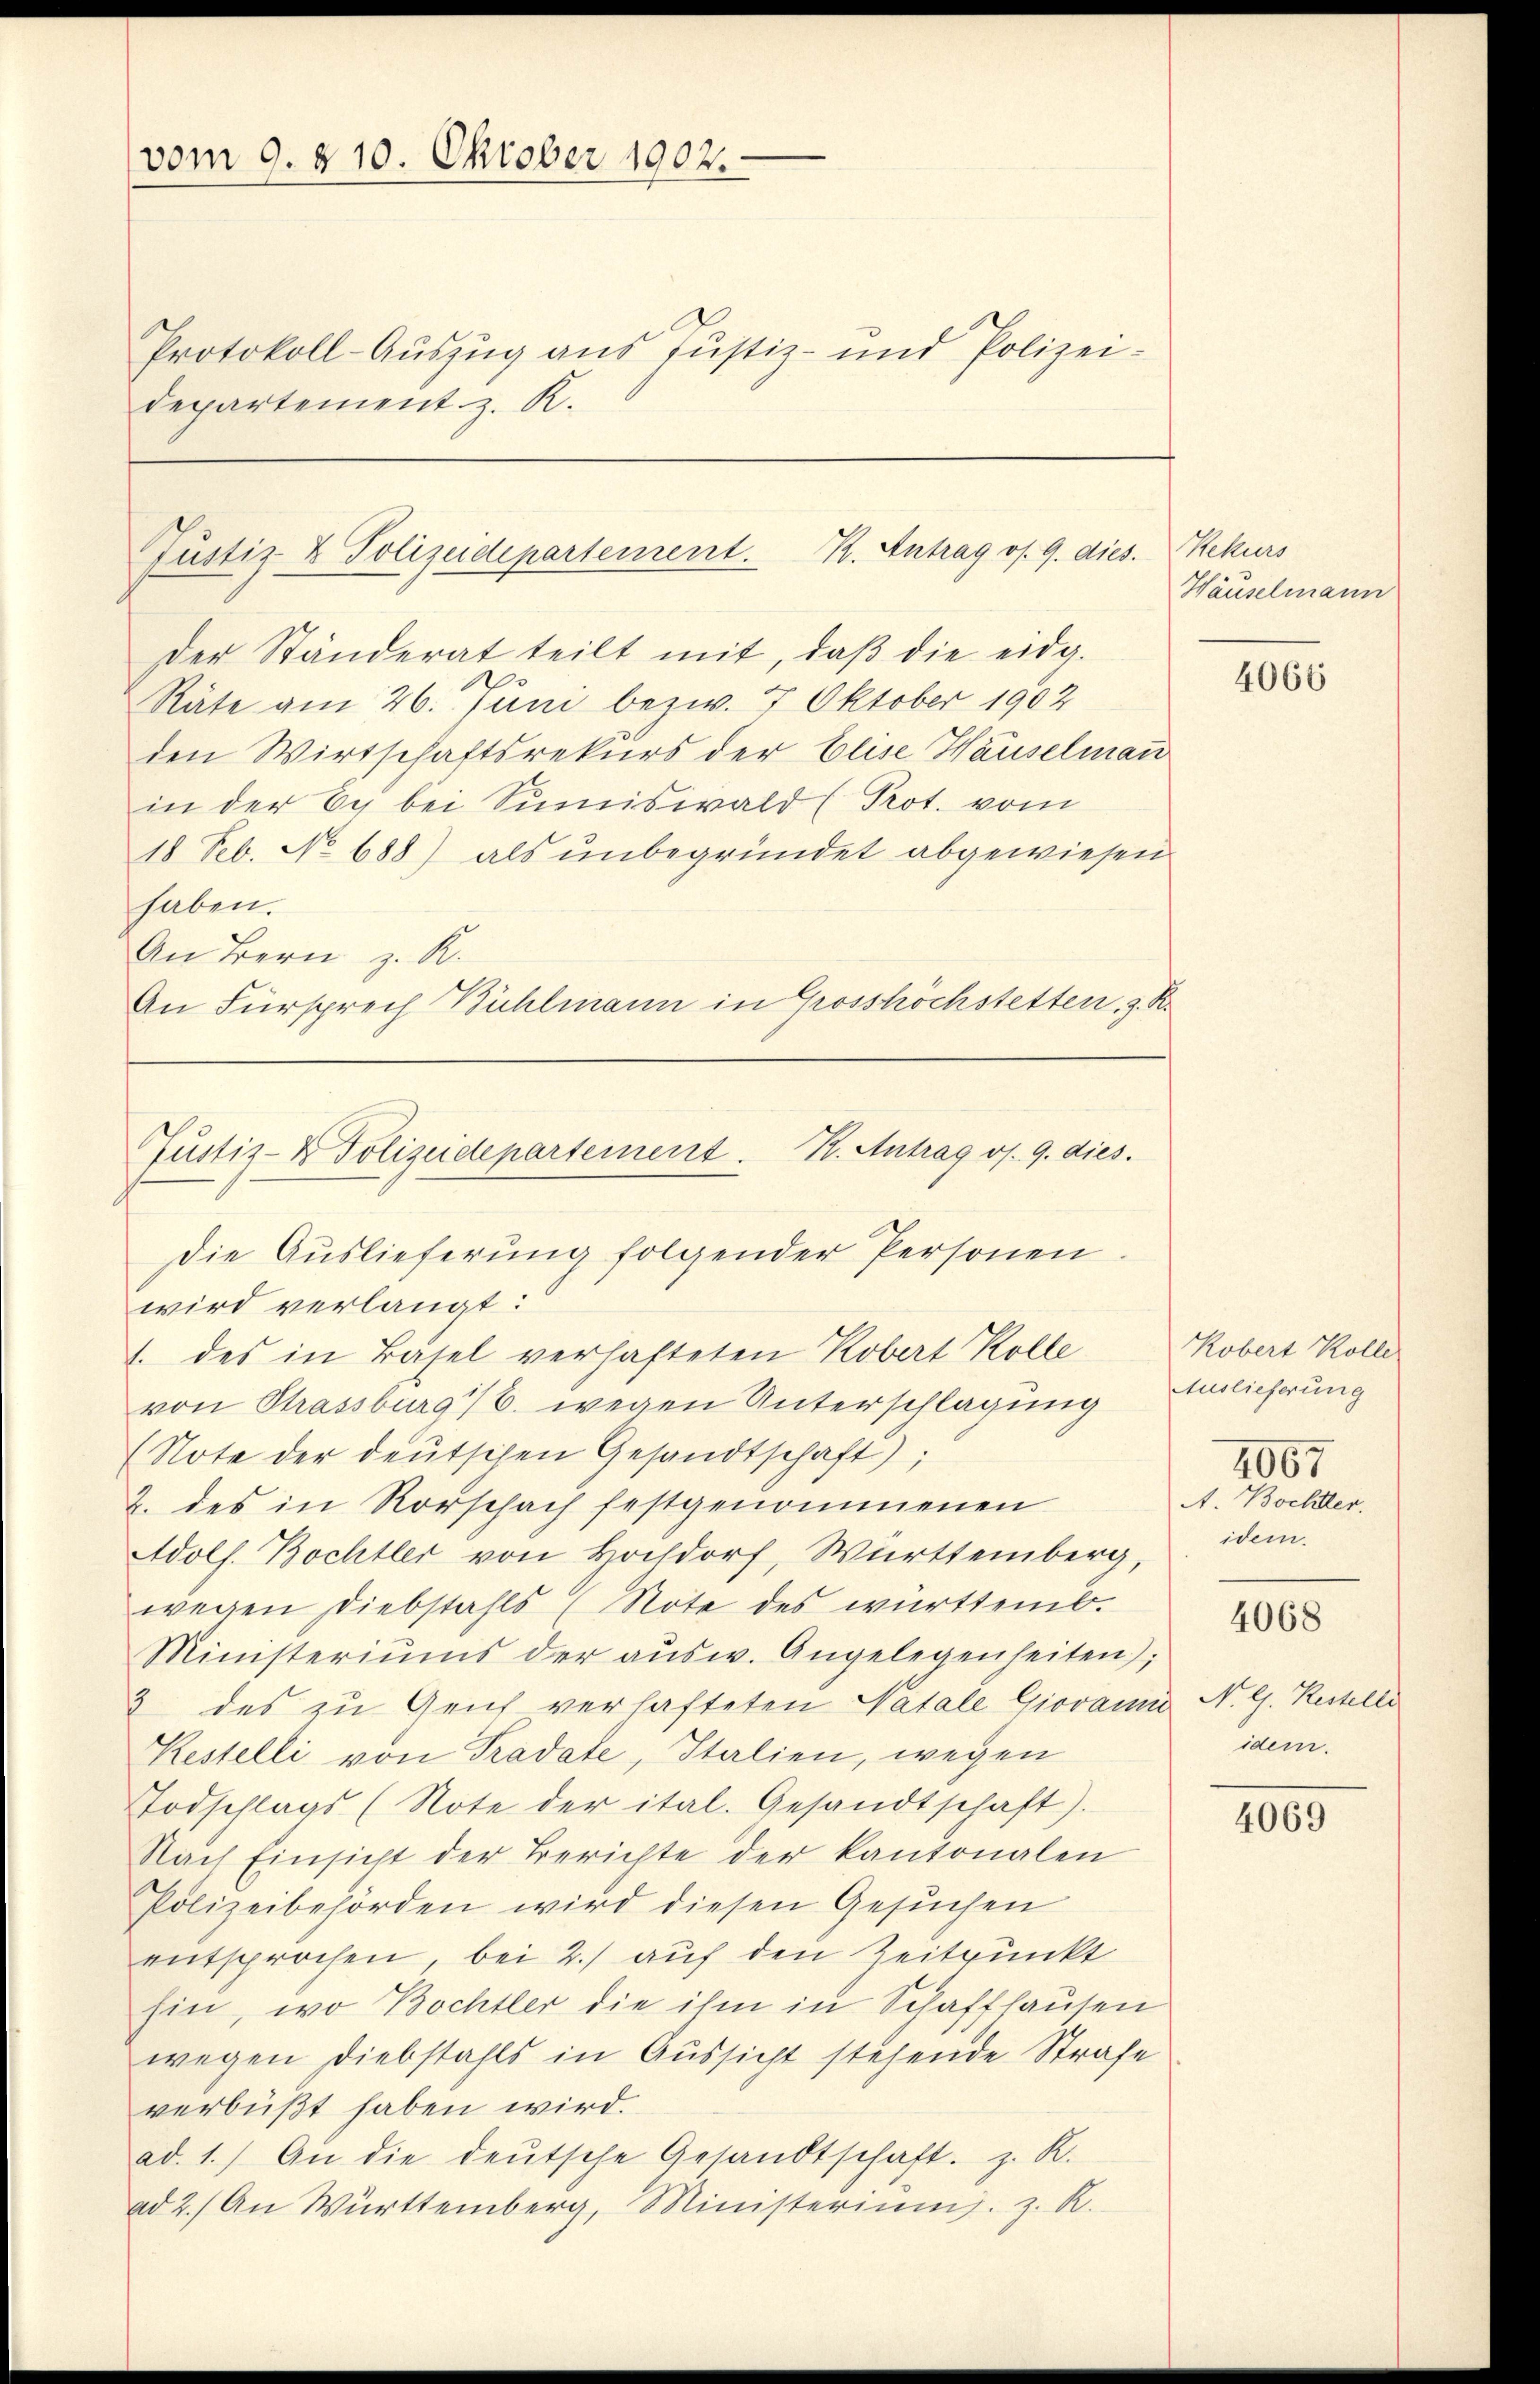
Protokoll-Auszug aus Justiz- und Polizei-
departement z. K.

Der Ständerat teilt mit, daß die eidg.
Räte am 26. Juni bezw. 7. Oktober 1902
den Wirtschaftsrekurs der Elise Häuselman
in der Ech bei Sumiswald (Pot. vom
18 Feb. No 688) als unbegründet abgewiesen
haben.
An Bern z. R.
An Fürsprech Bühlmann in Grosshöchstetten, z. R.

vom 9. 210. Oktober 1902.

Justiz & Polizeidepartement. K. Antrag os. 9. dies. Rekurs

Die Aŭslieferŭng folgender Personen.
wird verlangt:
1. des in Basel verhafteten Kobert Kolle
von Strassburg /6. wegen Unterschlagung
(Note der deutschen Gesandtschaft);
2. des in Rorschach festgenommenen
Adolf. Bochtler von Hochdorf, Württemberg,
wegen Diebstahls Note des württemb.
Ministeriums der aŭsw. Angelegenheiten);
3 des zu Geich verhafteten Natale Giovanni N. G. Restelli
Kestelli von Tradate, Italien, wegen
Todschlags (Note der ital. Gesandtschaft).
Nach Einsicht der Berichte der Kantonalen
Polizeibehörden wird diesen Gesuchen
entsprochen, bei 2.) auf den Zeitpunkt
hin, wo Bochter die ihm in Schaffhausen
wegen Diebstahls in Aussicht stehende Strafe
verbüßt haben wird.
ad. 1.) An die deŭtsche Gesandtschaft. z. R.
ad 2.) An Württemberg, Ministeriŭms. z. R.

Justiz- & Polizeidepartement. R. Antrag v. 9. dies.

Häuselmann

4066

Kobert Kolle
Auslieferung
4067
A. Bochler.
idem.

4068

idem.

4069